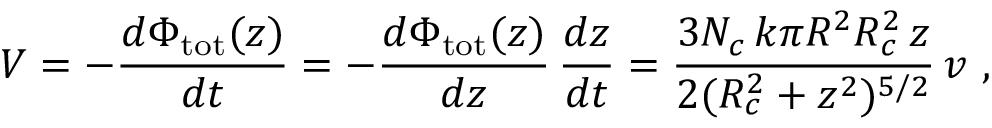
V = - \frac { d \Phi _ { \mathrm { t o t } } ( z ) } { d t } = - \frac { d \Phi _ { \mathrm { t o t } } ( z ) } { d z } \, \frac { d z } { d t } = \frac { 3 N _ { c } \, k \pi R ^ { 2 } R _ { c } ^ { 2 } \, z } { 2 ( R _ { c } ^ { 2 } + z ^ { 2 } ) ^ { 5 / 2 } } \, v \, \, ,